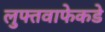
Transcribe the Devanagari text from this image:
लुफ्तवाफेकडे